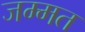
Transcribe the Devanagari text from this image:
जम्मत